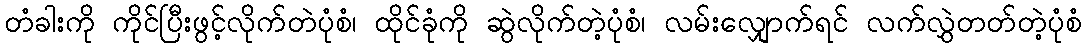
တံခါးကို ကိုင်ပြီးဖွင့်လိုက်တဲပုံစံ၊ ထိုင်ခုံကို ဆွဲလိုက်တဲ့ပုံစံ၊ လမ်းလျှောက်ရင် လက်လွှဲတတ်တဲ့ပုံစံ